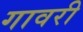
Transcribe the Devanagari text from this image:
गावरी